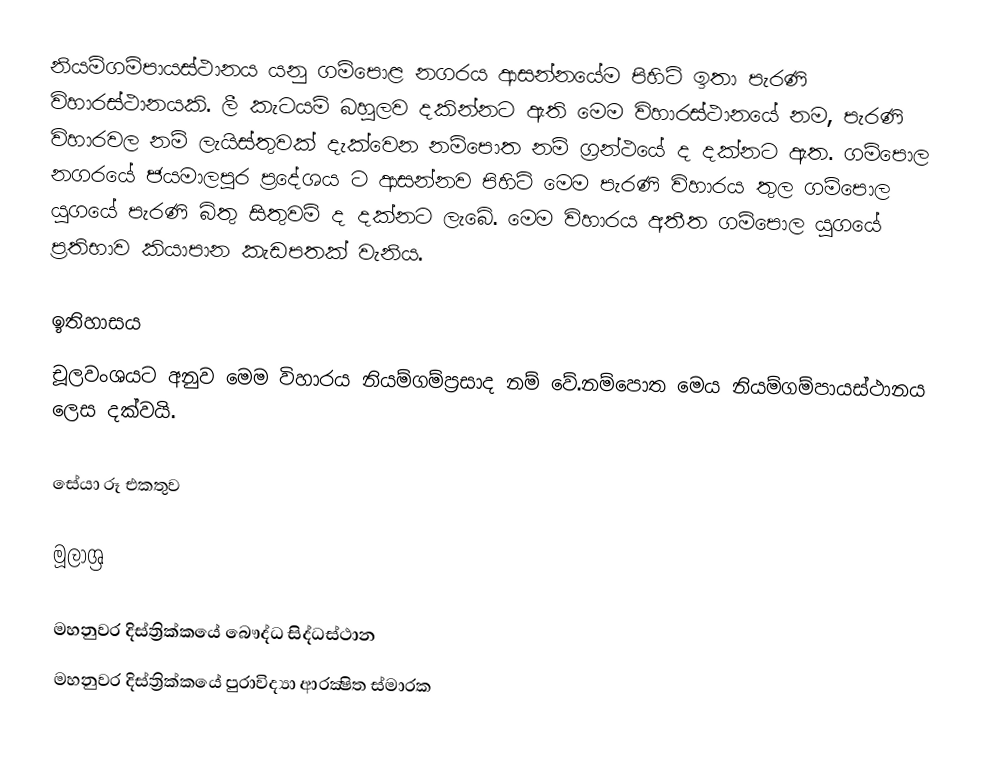
නියම්ගම්පායස්ථානය යනු ගම්පොළ නගරය ආසන්නයේම පිහිටි ඉතා පැරණි විහාරස්ථානයකි. ලී කැටයම් බහුලව දකින්නට ඇති මෙම විහාරස්ථානයේ නම, පැරණි විහාරවල නම් ලැයිස්තුවක් දැක්වෙන නම්පොත නම් ග්‍රන්ථයේ ද දක්නට ඇත. ගම්පොල නගරයේ ජයමාලපුර ප්‍රදේශය ට ආසන්නව පිහිටි මෙම පැරණි විහාරය තුල ගම්පොල යුගයේ පැරණි බිතු සිතුවම් ද දක්නට ලැබේ. මෙම විහාරය අතීත ගම්පොල යුගයේ ප්‍රතිභාව කියාපාන කැඩපතක් වැනිය.

ඉතිහාසය
චූලවංශයට අනුව මෙම විහාරය නියම්ගම්ප්‍රසාද නම් වේ.නම්පොත මෙය නියම්ගම්පායස්ථානය ලෙස දක්වයි.

සේයා රූ එකතුව

මූලාශ්‍ර

මහනුවර දිස්ත්‍රික්කයේ බෞද්ධ සිද්ධස්ථාන‎
මහනුවර දිස්ත්‍රික්කයේ පුරාවිද්‍යා ආරක්‍ෂිත ස්මාරක